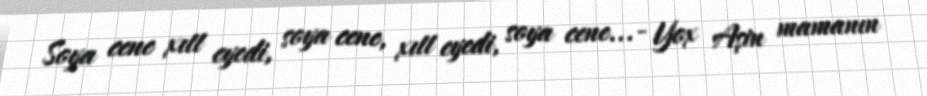
Soya cene xıtt eyedi, soya cene, xıtt eyedi, soya cene...- Yox Aşin mamanın